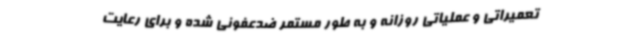
تعمیراتی و عملیاتی روزانه و به طور مستمر ضدعفونی شده و برای رعایت